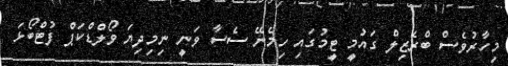
މިހާރުވެސް ބްރެޒިލް ގައުމީ ޓީމުގައި ހިމެނޭ ސެސާ ވަނީ ނިމިދިޔަ ވޯލްޑްކަޕް ފުޓްބޯޅަ